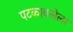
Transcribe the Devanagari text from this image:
पटकावलेला